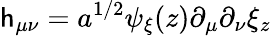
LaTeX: \mathsf{h}_{\mu\nu}=a^{1/2}\psi_{\xi}(z)\partial_{\mu}\partial_{\nu}\xi_{z}